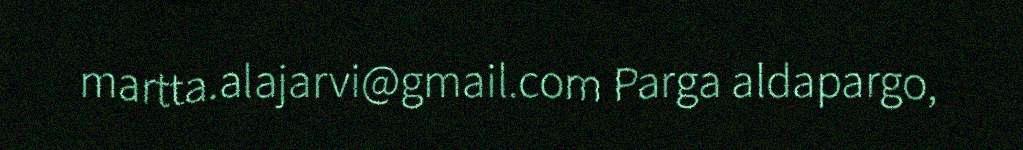
martta.alajarvi@gmail.com Parga aldapargo,